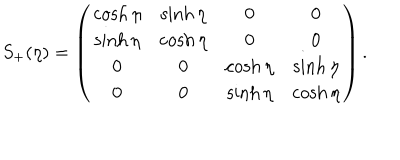
S _ { + } ( \eta ) = \left( \begin{matrix} { { \cosh \eta } } & { { \sinh \eta } } & { { 0 } } & { { 0 } } \\ { { \sinh \eta } } & { { \cosh \eta } } & { { 0 } } & { { 0 } } \\ { { 0 } } & { { 0 } } & { { \cosh \eta } } & { { \sinh \eta } } \\ { { 0 } } & { { 0 } } & { { \sinh \eta } } & { { \cosh \eta } } \\ \end{matrix} \right) .